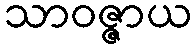
သာဝဇ္ဇာယ